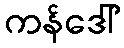
ကန်ဒေါ်